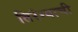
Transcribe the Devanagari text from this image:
तिरंग्याची